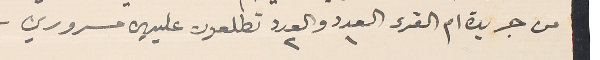
من جريدة ام القرى العدد ١ والعدد٢ تطلعون عليهن مسرورين